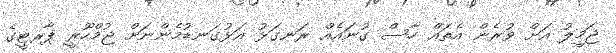
ޖަމީލު އަށް ވުރެން އެތައް ހާސް ގުނަައެއް ރަނގަޅު އަޅުގަނޑުމެންނަށް ޖުމްހޫރީ ޕާރޓީގެ